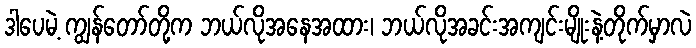
ဒါပေမဲ့ ကျွန်တော်တို့က ဘယ်လိုအနေအထား၊ ဘယ်လိုအခင်းအကျင်းမျိုးနဲ့တိုက်မှာလဲ